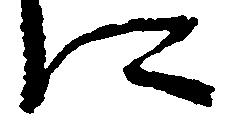
に